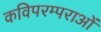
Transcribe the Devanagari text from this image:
कविपरम्पराओं